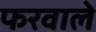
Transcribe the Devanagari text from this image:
फरवाले